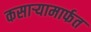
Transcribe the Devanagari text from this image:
कसार्‍यामार्फत